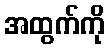
အထွက်ကို